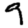
Digit: 9